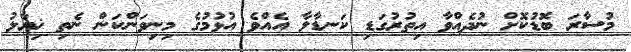
މުސާރަ ބޮޑުކޮށް ނުދެއްވާ އިތުރުގަޑި ކަނޑާލާ އެއްވެ އުޅުމުގެ މިނިވަންކަން ނެތި ޚިޔާލު